Report of the Indian Hemp Drugs Commission, 1894-1895 - Volume V
Year: 1894
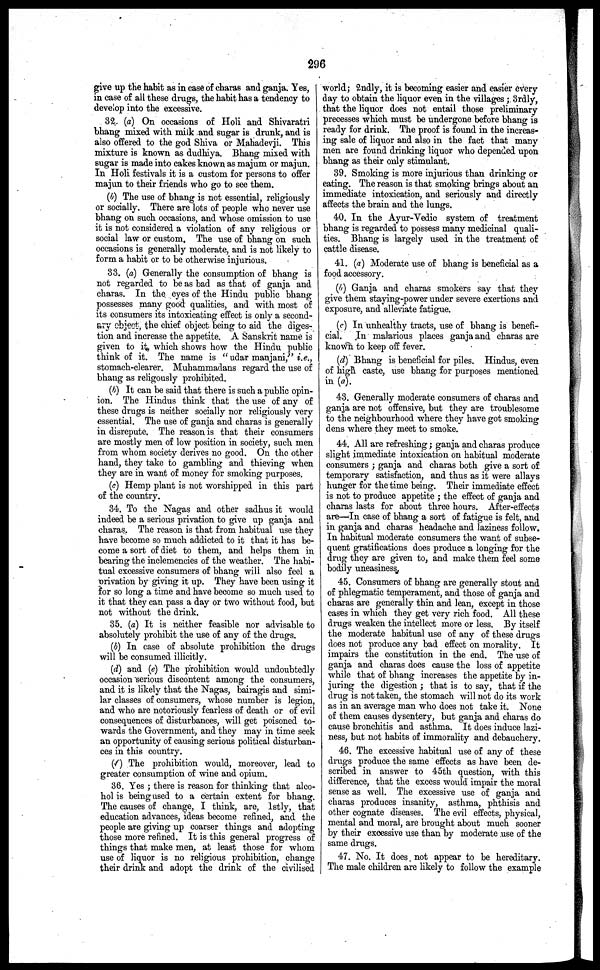
296
give up the habit as in case of charas and ganja. Yes, I
in case of all these drugs, the habit has a tendency to
develop into the excessive.
32. (a) On occasions of Holi and Shivaratri
bhang mixed with milk and sugar is drunk, and is
also offered to the god Shiva or Mahadevji. This
mixture is known as dudhiya. Bhang mixed with
sugar is made into cake6 known as majum or majun.
In Holi festivals it is a custom for persons to offer
majun to their friends who go to see them.
(b) The use of bhang is not essential, religiously
or socially. There are lots of people who never use
bhang on such occasions, and whose omission to use
it is not considered a violation of any religious or
social law or custom. The use of bhang on such
occasions is generally moderate, and is not likely to
form a habit or to be otherwise injurious.
33. (a) Generally the consumption of bhang is
not regarded to be as bad as that of ganja and
charas. In the eyes of the Hindu public bhang
possesses many good qualities, and with most of
its consumers its intoxicating effect is only a second-
ary object, the chief object being to aid the diges-
tion and increase the appetite. A Sanskrit name is
given to it which shows how the Hindu public
think of it. The name is " udar manjani," i.e.,
stomach-clearer. Muhammadans regard the use of
bhang as religously prohibited.
(b) It can be said that there is such a public opin-
ion. The Hindus think that the use of any of
these drugs is neither socially nor religiously very
essential. The use of ganja and charas is generally
in disrepute. The reason is that their consumers
are mostly men of low position in society, such men
from whom society derives no good. On the other
hand, they take to gambling and thieving when
they are in want of money for smoking purposes.
(c) Hemp plant is not worshipped in this part
of the country.
34. To the Nagas and other sadhus it would
indeed be a serious privation to give up ganja and
charas. The reason is that from habitual use they
have become so much addicted to it that it has be-
come a sort of diet to them, and helps them in
bearing the inclemencies of the weather. The habi-
tual excessive consumers of bhang will also feel a
privation by giving it up. They have been using it
for so long a time and have become so much used to
it that they can pass a day or two without food, but
not without the drink.
35. (a) It is neither feasible nor advisable to
absolutely prohibit the use of any of the drugs.
(b) In case of absolute prohibition the drugs
will be consumed illicitly.
(d) and (e) The prohibition would undoubtedly
occasion serious discontent among the consumers,
and it is likely that the Nagas, bairagis and simi-
lar classes of consumers, whose number is legion,
and who are notoriously fearless of death or of evil
consequences of disturbances, will get poisoned to-
wards the Government, and they may in time seek
an opportunity of causing serious political disturban-
ces in this country.
(f) The prohibition would, moreover, lead to
greater consumption of wine and opium.
36. Yes ; there is reason for thinking that alco-
hol is being used to a certain extent for bhang.
The causes of change, I think, are, 1stly, that
education advances, ideas become refined, and the
people are giving up coarser things and adopting
those more refined. It is this general progress of
things that make men, at least those for whom
use of liquor is no religious prohibition, change
their drink and adopt the drink of the civilised
world; 2ndly, it is becoming easier and easier every
day to obtain the liquor even in the villages ; 3rdly,
that the liquor does not entail those preliminary
precesses which must be undergone before bhang is
ready for drink. The proof is found in the increas-
ing sale of liquor and also in the fact that many
men are found drinking liquor who depended upon
bhang as their only stimulant.
39. Smoking is more injurious than drinking or
eating. The reason is that smoking brings about an
immediate intoxication, and seriously and directly
affects the brain and the lungs.
40. In the Ayur-Vedic system of treatment
bhang is regarded to possess many medicinal quali-
ties. Bhang is largely used in the treatment of
cattle disease.
41. (a) Moderate use of bhang is beneficial as a
food accessory.
(b) Ganja and charas smokers say that they
give them staying-power under severe exertions and
exposure, and alleviate fatigue.
(c) In unhealthy tracts, use of bhang is benefi-
cial. In malarious places ganja and charas are
known to keep off fever.
(d) Bhang is beneficial for piles. Hindus, even
of high caste, use bhang for purposes mentioned
in (a).
43. Generally moderate consumers of charas and
ganja are not offensive, but they are troublesome
to the neighbourhood where they have got smoking
dens where they meet to smoke.
44. All are refreshing; ganja and charas produce
slight immediate intoxication on habitual moderate
consumers ; ganja and charas both give a sort of
temporary satisfaction, and thus as it were allays
hunger for the time being. Their immediate effect
is not to produce appetite ; the effect of ganja and
charas lasts for about three hours. After-effects
are—In case of bhang a sort of fatigue is felt, and
in ganja and charas headache and laziness follow.
In habitual moderate consumers the want of subse-
quent gratifications does produce a longing for the
drug they are given to, and make them feel some
bodily uneasiness.
45. Consumers of bhang are generally stout and
of phlegmatic temperament, and those of ganja and
charas are generally thin and lean, except in those
cases in which they get very rich food. All these
drugs weaken the intellect more or less. By itself
the moderate habitual use of any of these drugs
does not produce any bad effect on morality. It
impairs the constitution in the end. The use of
ganja and charas does cause the loss of appetite
while that of bhang increases the appetite by in-
juring the digestion ; that is to say, that if the
drug is not taken, the stomach will not do its work
as in an average man who does not take it. None
of them causes dysentery, but ganja and charas do
cause bronchitis and asthma. It does induce lazi-
ness, but not habits of immorality and debauchery.
46. The excessive habitual use of any of these
drugs produce the same effects as have been de-
scribed in answer to 45th question, with this
difference, that the excess would impair the moral
sense as well. The excessive use of ganja and
charas produces insanity, asthma, phthisis and
other cognate diseases. The evil effects, physical,
mental and moral, are brought about much sooner
by their excessive use than by moderate use of the
same drugs.
47. No. It does not appear to be hereditary.
The male children are likely to follow the example